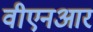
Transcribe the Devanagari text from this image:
वीएनआर